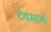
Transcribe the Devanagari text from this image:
देवमार्ग